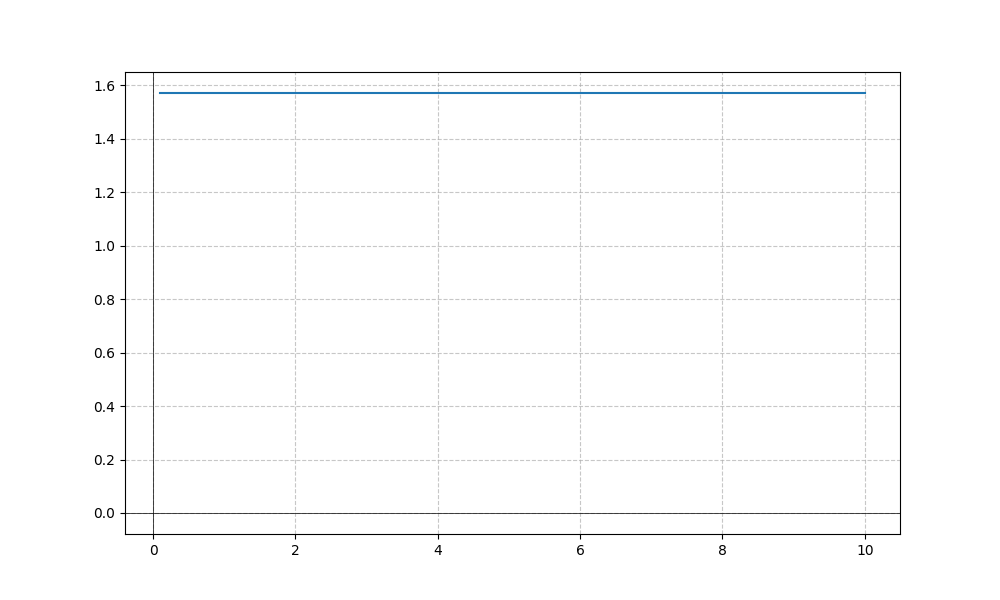
LaTeX formula: \operatorname{acot}{\left(x \right)} + \operatorname{atan}{\left(x \right)}